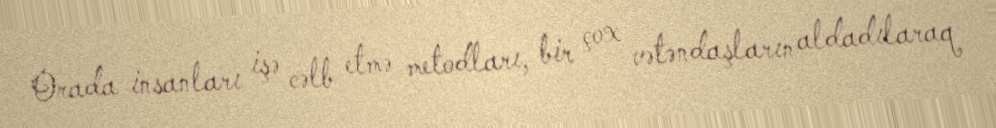
Orada insanları işə cəlb etmə metodları, bir çox vətəndaşların aldadılaraq